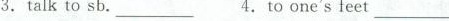
3. talk to sb.____________4. to one's fee______________